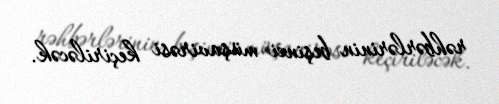
rəhbərlərinin beşinci müşavirəsi keçiriləcək.